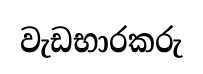
වැඩභාරකරු